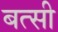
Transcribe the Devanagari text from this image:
बत्सी